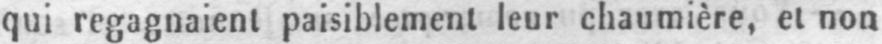
qui regagnaient paisiblement leur chaumière, et non